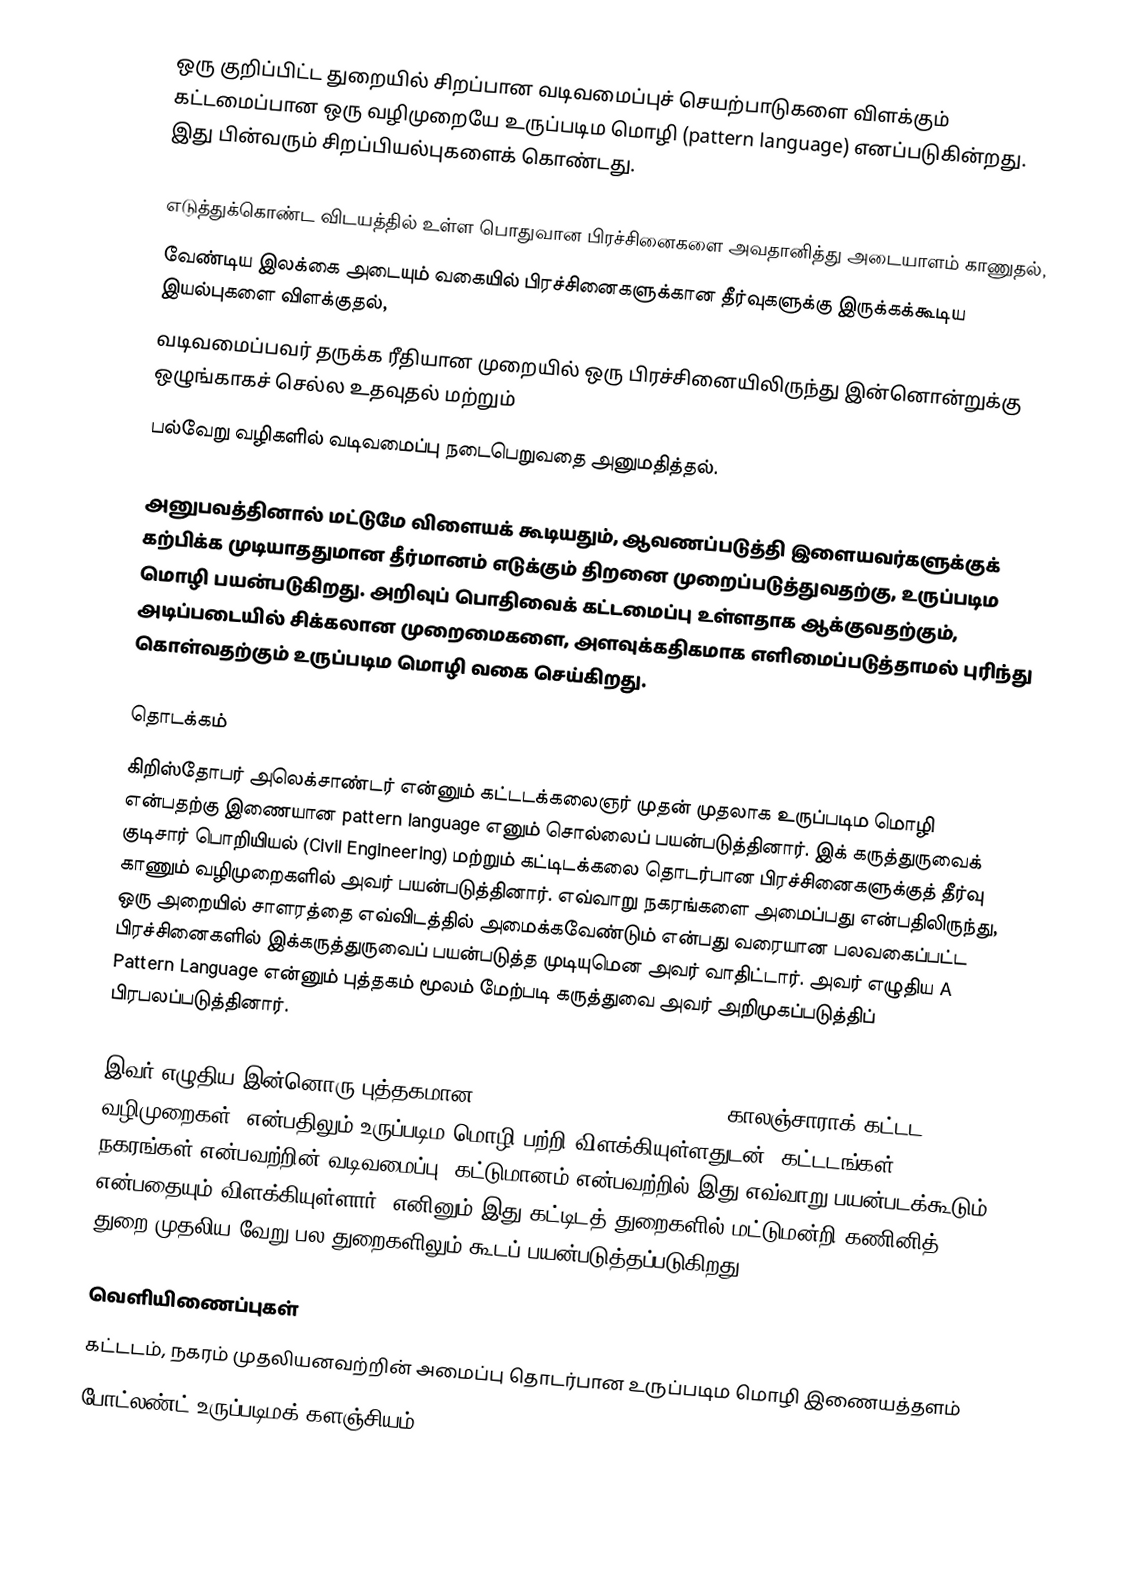
ஒரு குறிப்பிட்ட துறையில் சிறப்பான வடிவமைப்புச் செயற்பாடுகளை விளக்கும் கட்டமைப்பான ஒரு வழிமுறையே உருப்படிம மொழி (pattern language) எனப்படுகின்றது. இது பின்வரும் சிறப்பியல்புகளைக் கொண்டது.

 எடுத்துக்கொண்ட விடயத்தில் உள்ள பொதுவான பிரச்சினைகளை அவதானித்து அடையாளம் காணுதல்,
 வேண்டிய இலக்கை அடையும் வகையில் பிரச்சினைகளுக்கான தீர்வுகளுக்கு இருக்கக்கூடிய இயல்புகளை விளக்குதல்,
 வடிவமைப்பவர் தருக்க ரீதியான முறையில் ஒரு பிரச்சினையிலிருந்து இன்னொன்றுக்கு ஒழுங்காகச் செல்ல உதவுதல் மற்றும்
 பல்வேறு வழிகளில் வடிவமைப்பு நடைபெறுவதை அனுமதித்தல்.

அனுபவத்தினால் மட்டுமே விளையக் கூடியதும், ஆவணப்படுத்தி இளையவர்களுக்குக் கற்பிக்க முடியாததுமான தீர்மானம் எடுக்கும் திறனை முறைப்படுத்துவதற்கு, உருப்படிம மொழி பயன்படுகிறது. அறிவுப் பொதிவைக் கட்டமைப்பு உள்ளதாக ஆக்குவதற்கும், அடிப்படையில் சிக்கலான முறைமைகளை, அளவுக்கதிகமாக எளிமைப்படுத்தாமல் புரிந்து கொள்வதற்கும் உருப்படிம மொழி வகை செய்கிறது.

தொடக்கம்
கிறிஸ்தோபர் அலெக்சாண்டர் என்னும் கட்டடக்கலைஞர் முதன் முதலாக உருப்படிம மொழி என்பதற்கு இணையான pattern language எனும் சொல்லைப் பயன்படுத்தினார். இக் கருத்துருவைக் குடிசார் பொறியியல் (Civil Engineering) மற்றும் கட்டிடக்கலை தொடர்பான பிரச்சினைகளுக்குத் தீர்வு காணும் வழிமுறைகளில் அவர் பயன்படுத்தினார். எவ்வாறு நகரங்களை அமைப்பது என்பதிலிருந்து, ஒரு அறையில் சாளரத்தை எவ்விடத்தில் அமைக்கவேண்டும் என்பது வரையான பலவகைப்பட்ட பிரச்சினைகளில் இக்கருத்துருவைப் பயன்படுத்த முடியுமென அவர் வாதிட்டார். அவர் எழுதிய A Pattern Language என்னும் புத்தகம் மூலம் மேற்படி கருத்துவை அவர் அறிமுகப்படுத்திப் பிரபலப்படுத்தினார்.

இவர் எழுதிய இன்னொரு புத்தகமான The Timeless Way of Building (காலஞ்சாராக் கட்டட வழிமுறைகள்) என்பதிலும் உருப்படிம மொழி பற்றி விளக்கியுள்ளதுடன், கட்டடங்கள், நகரங்கள் என்பவற்றின் வடிவமைப்பு, கட்டுமானம் என்பவற்றில் இது எவ்வாறு பயன்படக்கூடும் என்பதையும் விளக்கியுள்ளார். எனினும் இது கட்டிடத் துறைகளில் மட்டுமன்றி கணினித் துறை முதலிய வேறு பல துறைகளிலும் கூடப் பயன்படுத்தப்படுகிறது.

வெளியிணைப்புகள்
கட்டடம், நகரம் முதலியனவற்றின் அமைப்பு தொடர்பான உருப்படிம மொழி இணையத்தளம்
போட்லண்ட் உருப்படிமக் களஞ்சியம் (The Portland Pattern Rep